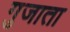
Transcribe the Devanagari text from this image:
गुजाता